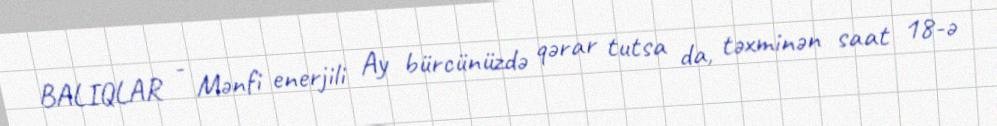
BALIQLAR - Mənfi enerjili Ay bürcünüzdə qərar tutsa da, təxminən saat 18-ə